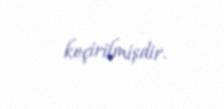
keçirilmişdir.